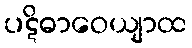
ပဋိဓာဝေယျာထ